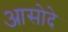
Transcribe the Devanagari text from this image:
आसोदे